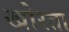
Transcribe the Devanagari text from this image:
खोरता